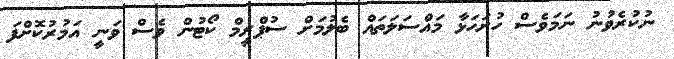
ނުކުރެވުނު ނަމަވެސް ހުށަހަޅާ މައްސަލަތައް ބެލުމަށް ސުޕްރީމް ކޯޓުން ވެސް ވަނީ އަމުރުކޮށްފަ